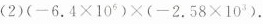
(2)(-6.4\times 10{6})×(-2.58\times 10{3})。